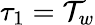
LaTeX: \tau_{1}=\mathcal{T}_{w}